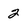
Character: 2